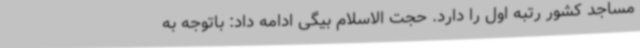
مساجد کشور رتبه اول را دارد. حجت الاسلام بیگی ادامه داد: باتوجه به